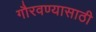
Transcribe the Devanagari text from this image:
गौरवण्यासाठी